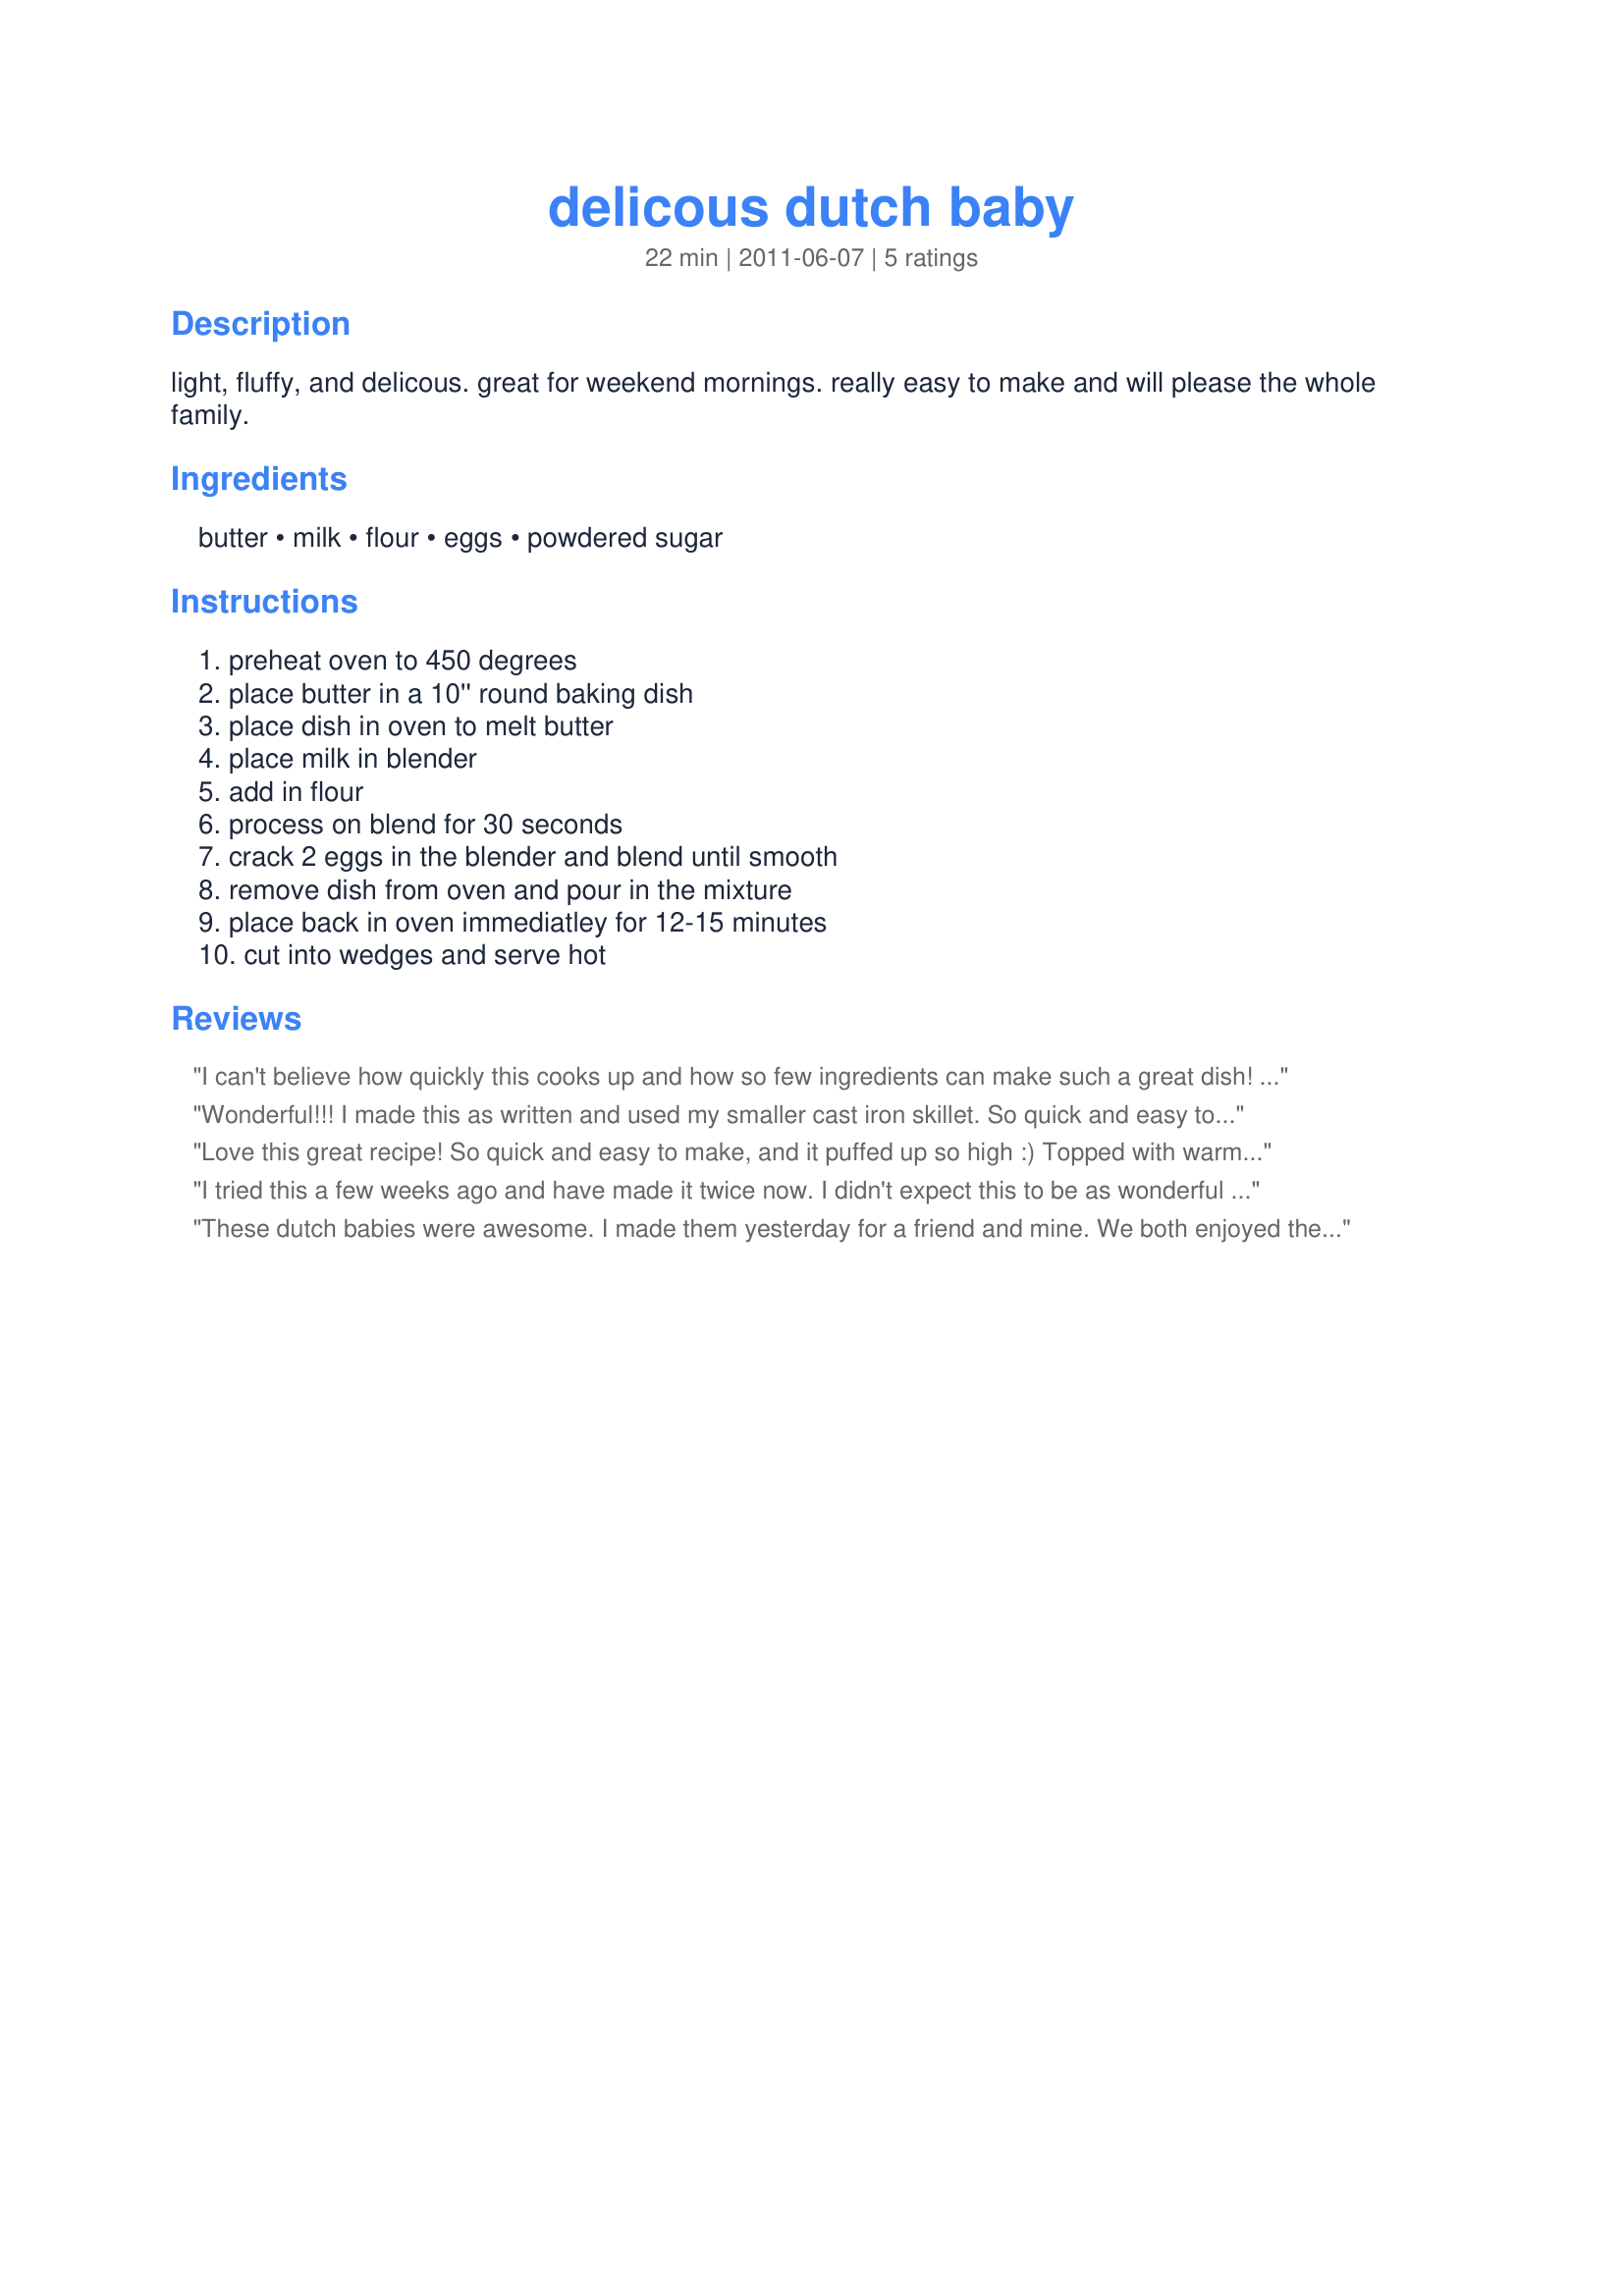
delicous dutch baby
Preparation time: 22 minutes

light, fluffy, and delicous. great for weekend mornings. really easy to make and will please the whole family.

Ingredients:
butter, milk, flour, eggs, powdered sugar

Steps:
preheat oven to 450 degrees, place butter in a 10'' round baking dish, place dish in oven to melt butter, place milk in blender, add in flour, process on blend for 30 seconds, crack 2 eggs in the blender and blend until smooth, remove dish from oven and pour in the mixture, place back in oven immediatley for 12-15 minutes, cut into wedges and serve hot

Reviews:
I can't believe how quickly this cooks up and how so few ingredients can make such a great dish! This is so good! I left the butter in the oven for a tad too long so it browned but it didn't ruin the taste at all. I made this in a silicone cake pan and topped with raspberries, a squeeze of lemon juice and a sprinkling of icing sugar. I think that this would also be good with savoury toppings as well. Made for my adopted chef for PAC 2011. Thanks debiasio1089! :)
Wonderful!!! I made this as written and used my smaller cast iron skillet. So quick and easy to make and love how it puffs up. I topped mine with the powdered sugar and then some fresh sliced strawberries for a wonderful breakfast. Thanks for sharing the recipe. Made for the Fall Pick A Chef (PAC) Event.
Love this great recipe! So quick and easy to make, and it puffed up so high :) Topped with warmed applesauce mixed with just a little maple syrup for a tasty breakfast treat - thanks for sharing your recipe! Made for the Best of 2011 event, recommended by Nif
I tried this a few weeks ago and have made it twice now. I didn't expect this to be as wonderful as it was. It puffed up so beautifully and the taste reminded me of french toast but without the bread (if you can imagine that). I buttered it and drizzled it with maple syrup and loved every bite! Thanks!
These dutch babies were awesome. I made them yesterday for a friend and mine. We both enjoyed them tremendously. So good, quick and really easy to make with terrific results. The pancake puffed up beautifully, the apples were tender and delicious. Thanks for sharing this lovely recipe, which I will make again and again. Made for What's on the Menu? tag game.
